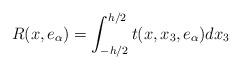
LaTeX: \begin{align*} R(x,e_\alpha) = \int_{-h/2}^{h/2} t(x,x_3, e_\alpha) dx_3\end{align*}